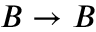
B \rightarrow B